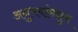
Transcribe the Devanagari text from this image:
अनुभवांमधून